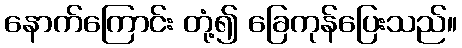
နောက်ကြောင်း တုံ့၍ ခြေကုန်ပြေးသည်။